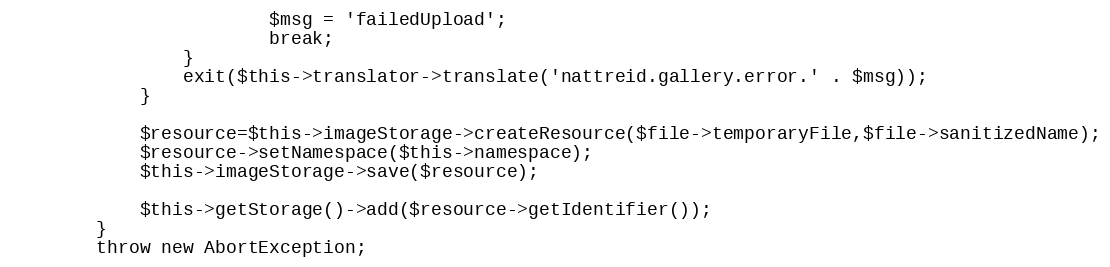
Language: PHP
						$msg = 'failedUpload';
						break;
				}
				exit($this->translator->translate('nattreid.gallery.error.' . $msg));
			}

			$resource=$this->imageStorage->createResource($file->temporaryFile,$file->sanitizedName);
			$resource->setNamespace($this->namespace);
			$this->imageStorage->save($resource);

			$this->getStorage()->add($resource->getIdentifier());
		}
		throw new AbortException;